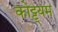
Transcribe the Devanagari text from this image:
कोट्ट्यम